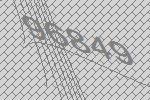
96849